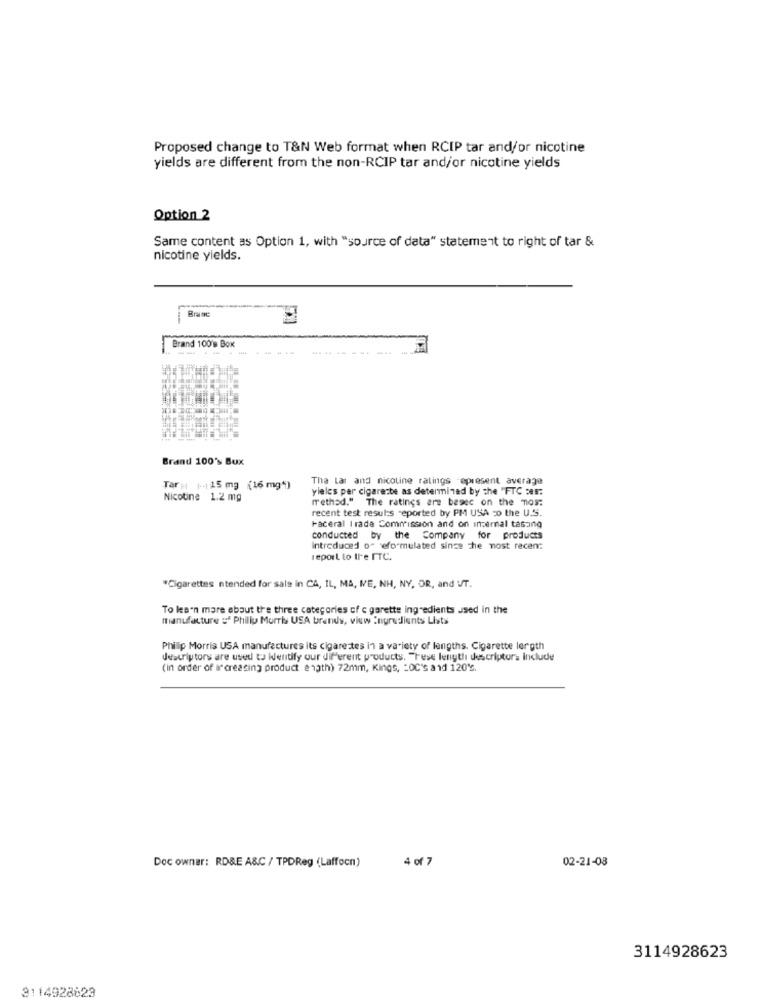
Proposed change to T&N Web format when RCIP tar and/or nicotine
yields are different from the non-RCIP tar and/or nicotine yields
Option 2
Same content as Option 1, with "source of data" statement to right of tar &
nicotine yields.
Brane
Brand 100's Box
....
Brand 100% Bux
Tha Lar and nicoline ratings -epresent average
Tar : +++ 15 mg (16 mg*)
yleles per cigarette as determined by the "FTC zes:
Nicotine 1.2 mg
method." The ratings are besec on the mos:
recent test results reported by PM USA -o the U.S.
Faceral Irade Commission and ón inzernal tasang
conducted by the Company for products
Introduced os reformulated since the most recent
report to tl'e FTC.
"Cigarettes ntended for sale in CA, IL, MA, IE, NH, NY, OR, and UT.
To learn more about the three categories of c garette ingredients used in the
manufacture : Philly Morris USA brands, view Ingredients Lists
Philip Morris USA manufactures its cigarettes in a variety of lengths. Cigarette length
descrip tors are used to Wentify our different products. "Tese lengthi descriptors include
(in order of increasing product ength) 72mm, Kings, - OC's a 1d 120℃.
02-21-08
Doc owner: RD&E A&C / TPDReg (Laffocn)
4 of 7
3114928623
3114928829